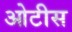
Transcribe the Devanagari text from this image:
ओटीस